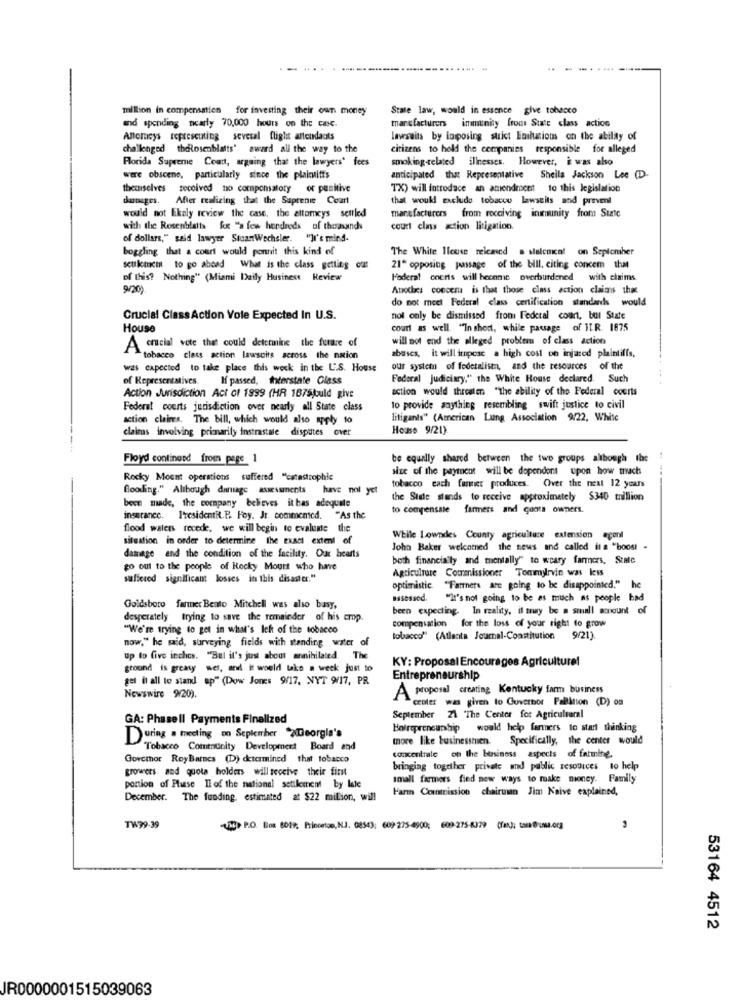
million in compensation for investing their own money
State law, would in essence give tobacco
manufacturers immunity front State class action
and spending nearly 70,000 hours on the case.
Alloracys representing several flight attendants
lawsuits by loposing strict Enilution on the ability of
challenged theRosenblatts' award all the way to the
citizens to hold the companies responsible for alleged
Florida Supreme Court, arguing that the lawyers' fees
smoking-related illnesses. However, i was also
were obscene, particularly since the plaintiffs
anticipated that Representative Sheila Jackson Lee (D-
themselves received no compensatory or punitive
TX) will introduce an amendment to this legislation
dastages. After realizing that the Supreme Court
that would exclude tobacco lawsuits and prevent
manufacturers from receiving inimunity from State
would not likely review the case, the attorneys settled
with the Rosenblatts fox "a few herdreds of thousands
court class xtion litigation.
of dollars," said lawyer StuartWechsler. "It's mind-
boggling that a court would pornit this kind of
The White House released . slalcuial on Seplomber
setikinci to go ahead What is the class getting off
21" opposing passage of the bill, citing concem that
of this? Nothing" (Miami Daily Husiness Review
Federal coeris will heenme overburdened with claims
9/20).
Anotaci concer is that those class action claims that
do not meet Federal class certification standards would
Crucial ClassAction Vole Expected In U.S.
not only be dismissed from Federal court, but State
House
court as well. "In short, while passage of ILR. 1875
will not end the alleged problem of class action
A crucial vote that could determine the future of
tobacco class action lawsuits across the nation
abases, it will impose a high cost on injured plaintiffs.
was expected to take place this week in the U.S. House
our system of fedetalistn, and the resources of the
of Representatives.
If passed, theerstate Glass
Federal Judiciary," the White House declared. Such
action would threaten "the ability of the Federal courts
Action Jurisdiction Act of 1999 (HR 187Sjould give
Federal courts jurisdiction over nearly all State class
to provide anything resembling swift justice to civil
action claires. The bill, which would also apply to
litigants" (American Lung Association 9/22, White
claims involving primarily instrastale disputes over
House 9/21)
Floyd continued from page 1
be equally shared between the two groups although the
size of the payment will be dependent upon how much
Rocky Mount operations suffered "catastrophic
tobacco cach fanner produces. Over the next 12 years
Gooding." Alıbough damage assessments have not yet
been made, the company believes it has adequate
the Side stands to receive approximately $340 trillion
to compensate farmers and conta owners.
insurance. I'residentR.P. Fey. Jr. commemed. "As the
flood waters recede, we will begin to evalume the
situation in order to determine the exact extent of
While Lowndes County agriculture extension agoni
John Baker welcomed the news and called it a "boost -
damage and the condition of the facility. Our hearts
both financially and mentally" to weary farmers, State
go out to the people of Rocky Mount who have
Agriculture Commissioner Tommylevin was less
suffered significant losses in this disaster."
optimistic "Partners are going to be disappointed," he
Basessed. "It's not going to be as much as people bad
Goldsboro farmer Beato Mitchell was also basy,
been expecting. In reality, il may be a small amount of
desperately trying to save the remainder of his cmp
"We're trying to get in what's Ich of the tobacco
compensation for the loss of your right to grow
now," he said, surveying fields with standing water of
tobacco" (Atlanta Journal-Constitution 9/21).
up to five inches. "Bel it's just about annihilated. The
KY: Proposal Encourages Agriculture!
ground is greasy wes, and i would take a week just to
gel it all to stand up" (Dow Jones 9/17. NYT 9/17, PR
Entrepreneurship
Aproposal creating Kentucky farm business
Newswire 9/20).
center was given to Guverbor PaBition (D) os
GA: Phasell Payments Finalized
September 21 "The Center for Agricultural
Boirepreneurship would help farmers to start thinking
During . meeting on September ">Georgia's
more like businesstien. Specifically, the center would
Tobacco Community Development Board and
Gorctor RoyBarnes (D) determined that tobacco
concentrale on the business aspects of farmine.
growers and quota holders will receive their first
bringing together private and public resources to help
small farmers find new ways to make money. Family
portion of Phase Ii of the national settlement by late
Farm Commission chairinan Jim Naive explained,
December. The funding, estimated at $22 million, will
TW99-39
(A) P.O. Box 8019, Princeton, N.J. 08543: 609-275-4900; 609-275-6379 (fax): tala @unsa.org
53164 4512
JR0000001515039063